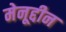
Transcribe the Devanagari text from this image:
मेनूद्दीन